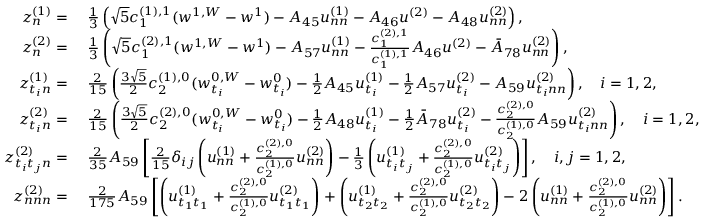
\begin{array} { r l } { z _ { n } ^ { ( 1 ) } = } & { \ \frac { 1 } { 3 } \left( \sqrt { 5 } c _ { 1 } ^ { ( 1 ) , 1 } ( w ^ { 1 , W } - w ^ { 1 } ) - A _ { 4 5 } u _ { n n } ^ { ( 1 ) } - A _ { 4 6 } u ^ { ( 2 ) } - A _ { 4 8 } u _ { n n } ^ { ( 2 ) } \right) , } \\ { z _ { n } ^ { ( 2 ) } = } & { \ \frac { 1 } { 3 } \left( \sqrt { 5 } c _ { 1 } ^ { ( 2 ) , 1 } ( w ^ { 1 , W } - w ^ { 1 } ) - A _ { 5 7 } u _ { n n } ^ { ( 1 ) } - \frac { c _ { 1 } ^ { ( 2 ) , 1 } } { c _ { 1 } ^ { ( 1 ) , 1 } } A _ { 4 6 } u ^ { ( 2 ) } - \bar { A } _ { 7 8 } u _ { n n } ^ { ( 2 ) } \right) , } \\ { z _ { t _ { i } n } ^ { ( 1 ) } = } & { \ \frac { 2 } { 1 5 } \left( \frac { 3 \sqrt { 5 } } { 2 } c _ { 2 } ^ { ( 1 ) , 0 } ( w _ { t _ { i } } ^ { 0 , W } - w _ { t _ { i } } ^ { 0 } ) - \frac { 1 } { 2 } A _ { 4 5 } u _ { t _ { i } } ^ { ( 1 ) } - \frac { 1 } { 2 } A _ { 5 7 } u _ { t _ { i } } ^ { ( 2 ) } - A _ { 5 9 } u _ { t _ { i } n n } ^ { ( 2 ) } \right) , \quad i = 1 , 2 , } \\ { z _ { t _ { i } n } ^ { ( 2 ) } = } & { \ \frac { 2 } { 1 5 } \left( \frac { 3 \sqrt { 5 } } { 2 } c _ { 2 } ^ { ( 2 ) , 0 } ( w _ { t _ { i } } ^ { 0 , W } - w _ { t _ { i } } ^ { 0 } ) - \frac { 1 } { 2 } A _ { 4 8 } u _ { t _ { i } } ^ { ( 1 ) } - \frac { 1 } { 2 } \bar { A } _ { 7 8 } u _ { t _ { i } } ^ { ( 2 ) } - \frac { c _ { 2 } ^ { ( 2 ) , 0 } } { c _ { 2 } ^ { ( 1 ) , 0 } } A _ { 5 9 } u _ { t _ { i } n n } ^ { ( 2 ) } \right) , \quad i = 1 , 2 , } \\ { z _ { t _ { i } t _ { j } n } ^ { ( 2 ) } = } & { \ \frac { 2 } { 3 5 } A _ { 5 9 } \left[ \frac { 2 } { 1 5 } \delta _ { i j } \left( u _ { n n } ^ { ( 1 ) } + \frac { c _ { 2 } ^ { ( 2 ) , 0 } } { c _ { 2 } ^ { ( 1 ) , 0 } } u _ { n n } ^ { ( 2 ) } \right) - \frac { 1 } { 3 } \left( u _ { t _ { i } t _ { j } } ^ { ( 1 ) } + \frac { c _ { 2 } ^ { ( 2 ) , 0 } } { c _ { 2 } ^ { ( 1 ) , 0 } } u _ { t _ { i } t _ { j } } ^ { ( 2 ) } \right) \right] , \quad i , j = 1 , 2 , } \\ { z _ { n n n } ^ { ( 2 ) } = } & { \ \frac { 2 } { 1 7 5 } A _ { 5 9 } \left[ \left( u _ { t _ { 1 } t _ { 1 } } ^ { ( 1 ) } + \frac { c _ { 2 } ^ { ( 2 ) , 0 } } { c _ { 2 } ^ { ( 1 ) , 0 } } u _ { t _ { 1 } t _ { 1 } } ^ { ( 2 ) } \right) + \left( u _ { t _ { 2 } t _ { 2 } } ^ { ( 1 ) } + \frac { c _ { 2 } ^ { ( 2 ) , 0 } } { c _ { 2 } ^ { ( 1 ) , 0 } } u _ { t _ { 2 } t _ { 2 } } ^ { ( 2 ) } \right) - 2 \left( u _ { n n } ^ { ( 1 ) } + \frac { c _ { 2 } ^ { ( 2 ) , 0 } } { c _ { 2 } ^ { ( 1 ) , 0 } } u _ { n n } ^ { ( 2 ) } \right) \right] . } \end{array}